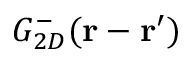
G _ { 2 D } ^ { - } ( \mathbf { r } - \mathbf { r } ^ { \prime } )